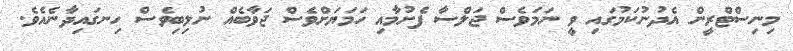
މިނިސްޓްރީން އެދުނުކަމުގައި ވީ ނަމަވެސް ޖަލްސާ ފެށުމާއި ހަމަޔަށްވެސް ޖަވާބެއް ނުލިބިވެސް ހިނގައިދާނެއެވެ.